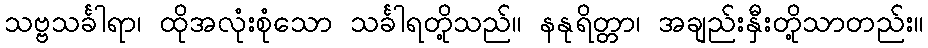
သဗ္ဗသင်္ခါရာ၊ ထိုအလုံးစုံသော သင်္ခါရတို့သည်။ နနုရိတ္တာ၊ အချည်းနှီးတို့သာတည်း။